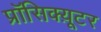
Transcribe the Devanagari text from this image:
प्रॉसिक्य़ूटर